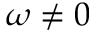
\omega \neq 0